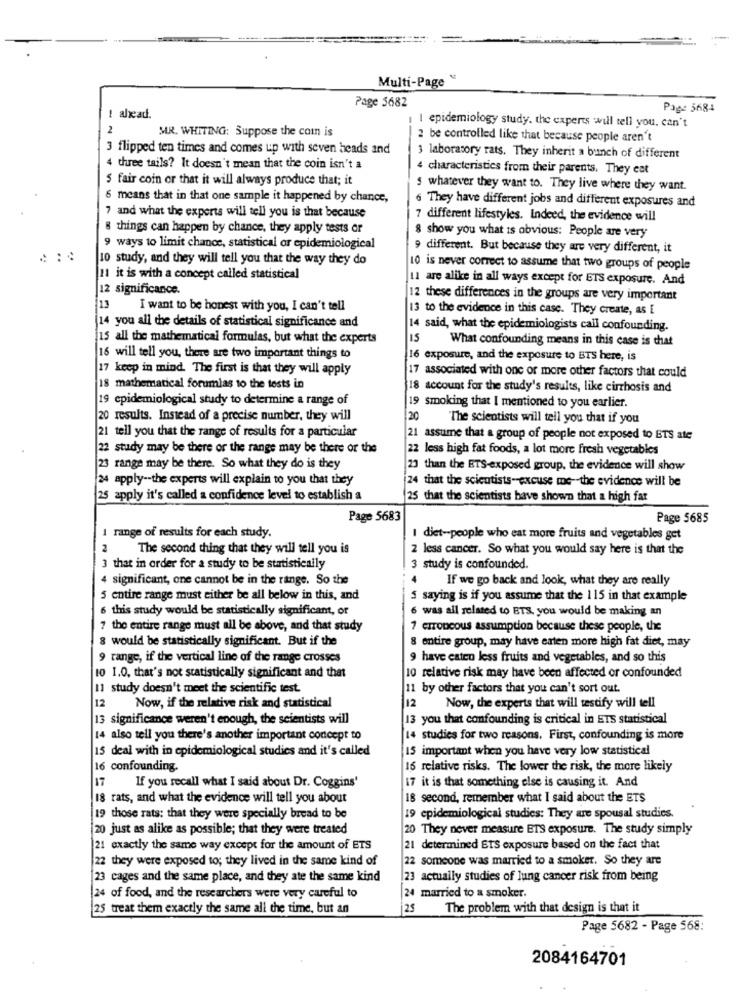
Multi-Page'
Page 5682
Page 5684
! alead.
2
MR. WHITING: Suppose the com is
I epidemiology study. the experts will tell you. can't
2 be controlled like that because people aren't
3 flipped ten times and comes up with seven heads and
3 laboratory rats. They inherit a bunch of different
4 three tails? It doesn't mean that the coin isn't a
4 characteristics from their parents. They eat
5 fair coin or that it will always produce that; it
5 whatever they want to. They live where they want.
6 means that in that one sample it happened by chance,
6 They have different jobs and different exposures and
7 and what the experts will tell you is that because
7 different lifestyles. Indeed, the evidence will
8 things can happen by chance, they apply tests or
8 show you what is obvious: People are very
9 ways to limit chance, statistical or epidemiological
9 different. But because they are very different, it
10 study, and they will tell you that the way they do
10 is never correct to assume that two groups of people
11 it is with a concept called statistical
11 are alike in all ways except for ETS exposure. And
12 significance.
13
12 these differences in the groups are very important
I want to be honest with you, I can't tell
13 to the evidence in this case. They create, as [
you all the details of statistical significance and
14 said, what the epidemiologists call confounding.
15 all the mathematical formulas, but what the experts
IS
What confounding means in this case is chat
16 will tell you, there are two important things to
16 exposure, and the exposure to BTS here, is
17 keep in mind. The first is that they will apply
17 associated with one or more other factors that could
18 mathematical forumlas to the tests in
8 account for the study's results, like cirrhosis and
19 epidemiological study to determine a range of
9 smoking that I mentioned to you earlier.
20 results. Instead of a precise number, they will
20
The scientists will tell you that if you
21 tell you that the range of results for a particular
21 assume that a group of people not exposed to ETS ate
22 study may be there or the range may be there or the
22 less high fat foods, a lot more fresh vegetables
23 range may be there. So what they do is they
23 than the ETS-exposed group, the evidence will show
24 apply -- the experts will explain to you that they
24 that the scientists- excuse me -- the evidence will be
25 apply it's called a confidence level to establish a
25 that the scientists have shown that a high fat
Page 5683
Page 5685
1 range of results for each study.
I diet-people who eat more fruits and vegetables get
2
The second thing that they will tell you is
2 less cancer. So what you would say here is that the
3 that in order for a study to be statistically
3 study is confounded.
4 significant, one cannot be in the range. So the
If we go back and look, what they are really
5 entire range must either be all below in this, and
saying is if you assume that the 115 in that example
6 this study would be statistically significant, or
6 was all related to BTS, you would be making an
7 the entire range must all be above, and that study
crToncous assumption because these people, the
8 would be statistically significant. But if the
8 entire group, may have eaten more high fat diet, may
9 range, if the vertical line of the range crosses
9 have eaten less fruits and vegetables, and so this
10 1.0, that's not statistically significant and that
10 relative risk may have been affected or confounded
11 study doesn't meet the scientific test.
11 by other factors that you can't sort out.
12
Now, if the relative risk and statistical
12
Now, the experts that will testify will tell
13 significance weren't enough, the scientists will
13 you that confounding is critical in ETS statistical
14 also tell you there's another important concept to
14 studies for two reasons. First, confounding is more
15 deal with in epidemiological studies and it's called
15 important when you have very low statistical
16 confounding.
16 relative risks. The lower the risk, the more likely
17
17 it is that something else is causing it. And
If you recall what I said about Dr. Coggins'
18 rats, and what the evidence will tell you about
is second, remember what I said about the ETS
those rats: that they were specially bread to be
19 epidemiological studies: They are spousal studies.
20 just as alike as possible; that they were treated
20 They never measure ETS exposure. The study simply
21 exactly the same way except for the amount of ETS
21 determined ETS exposure based on the fact that
22 they were exposed to; they lived in the same kind of
22 someone was married to a smoker. So they are
23 cages and the same place, and they ate the same kind
23 actually studies of lung cancer risk from being
24 of food, and the researchers were very careful to
24 married to a smoker.
25 treat them exactly the same all the time, but an
25
The problem with that design is that it
Page 5682 - Page 568:
2084164701